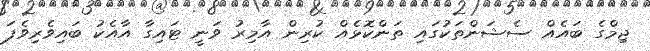
ޖިމްގެ ބައެއް ސެޝަންތަކުގައި ތަންކޮޅެއް ކުރިން އާމިރު ވަނީ ޓައިގާ އާއެކު ބައިވެރިވެފަ